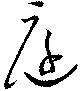
庭